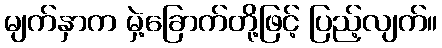
မျက်နှာက မှဲ့ခြောက်တို့ဖြင့် ပြည့်လျက်။